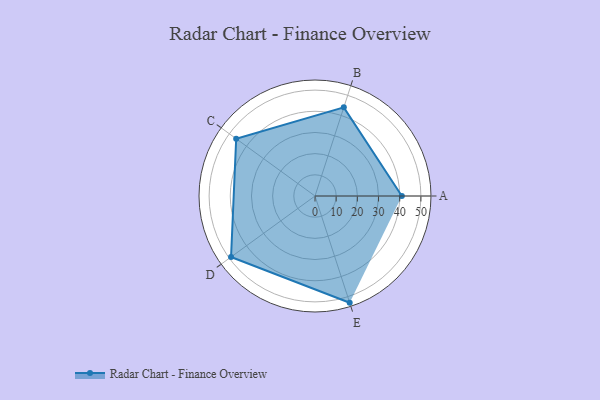
{"axis": {"x": "Skill", "y": "Score"}, "legend": ["Profile"], "data": [{"x": "A", "y": 41.0, "type": "Profile"}, {"x": "B", "y": 44.0, "type": "Profile"}, {"x": "C", "y": 46.0, "type": "Profile"}, {"x": "D", "y": 49.0, "type": "Profile"}, {"x": "E", "y": 53.0, "type": "Profile"}]}